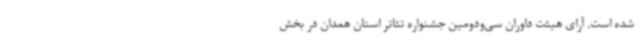
شده است. آرای هیئت داوران سی‌ودومین جشنواره تئاتر استان همدان در بخش